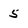
Character: 5